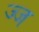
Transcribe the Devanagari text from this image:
ज्ज